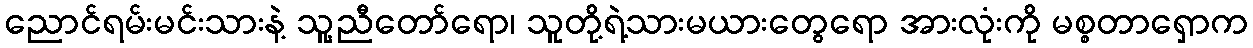
ညောင်ရမ်းမင်းသားနဲ့ သူ့ညီတော်ရော၊ သူတို့ရဲ့သားမယားတွေရော အားလုံးကို မစ္စတာရှောက